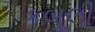
કબૂલી